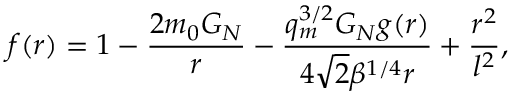
f ( r ) = 1 - \frac { 2 m _ { 0 } G _ { N } } { r } - \frac { q _ { m } ^ { 3 / 2 } G _ { N } g ( r ) } { 4 \sqrt { 2 } \beta ^ { 1 / 4 } r } + \frac { r ^ { 2 } } { l ^ { 2 } } ,